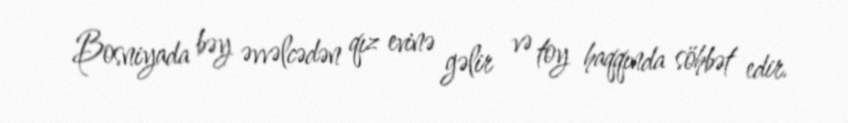
Bosniyada bəy əvvəlcədən qız evinə gəlir və toy haqqında söhbət edir.